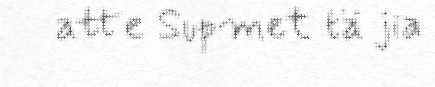
atte Supmet tä jia